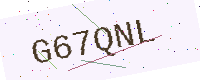
Text: G67QNL